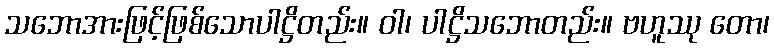
သဘောအားဖြင့်ဖြစ်သောပါဋ္ဌိတည်း။ ဝါ၊ ပါဋ္ဌိသဘောတည်း။ ဗဟူဿု တော၊